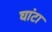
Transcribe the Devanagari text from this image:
घांटा